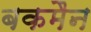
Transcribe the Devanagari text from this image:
बकमैन